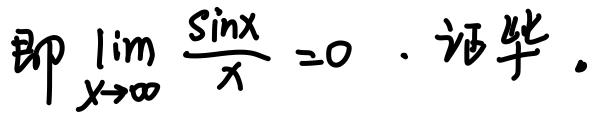
即 $\lim_{x \to \infty} \frac{\sin x}{x} = 0$. 证毕.